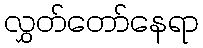
လွှတ်တော်နေရာ